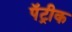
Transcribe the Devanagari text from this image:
पॅट्रीक